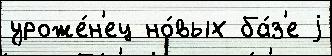
уроже́н'ец но́вых ба́з'е j